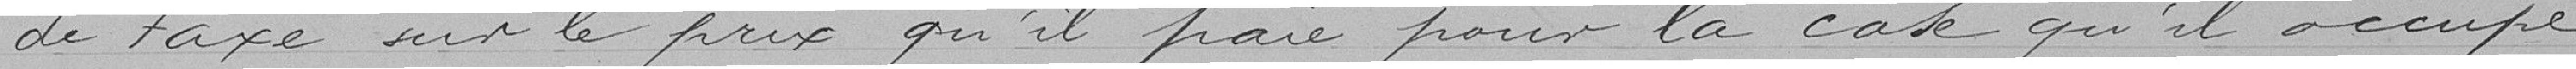
de taxe sur le prix qu'il paie pour la case qu'il occupe